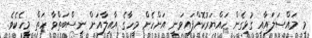
މި މައްސަލައާއި ގުޅިގެން ހައްޔަރުކޮށްފައިވަނީ އަންހެން މީހާގެ އާއިލާއަށް ނިސްބަތްވާ ހަތް މީހެކެވެ.